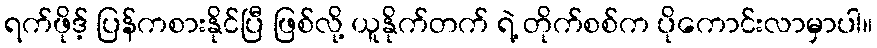
ရက်ဖိုဒ့် ပြန်ကစားနိုင်ပြီ ဖြစ်လို့ ယူနိုက်တက် ရဲ့ တိုက်စစ်က ပိုကောင်းလာမှာပါ။